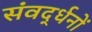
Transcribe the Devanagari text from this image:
संवर्द्धनों